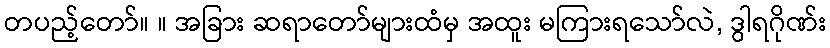
တပည့်တော်။ ။ အခြား ဆရာတော်များထံမှ အထူး မကြားရသော်လဲ, ဒွါရဂိုဏ်း